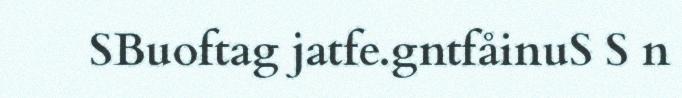
SBuoftag jatfe.gntfåinuS S n